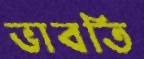
ভাবতি